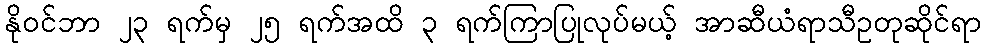
နိုဝင်ဘာ ၂၃ ရက်မှ ၂၅ ရက်အထိ ၃ ရက်ကြာပြုလုပ်မယ့် အာဆီယံရာသီဥတုဆိုင်ရာ